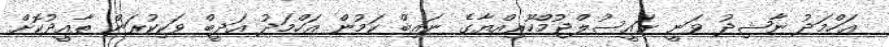
އަހްމަދު ނާޝިދު ވަނީ ރައީސުލްޖުމްހޫރިއްޔާގެ ނައިބް ކަމުން އަހްމަދު އަދީބް ވަކިކުރަން ތާއީދުކޮށް